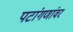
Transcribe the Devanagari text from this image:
पटांगणांवर